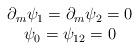
LaTeX: \begin{align*}\begin{array}{c}\partial_m\psi_1=\partial_m\psi_2=0\\\psi_0=\psi_{12}=0\end{array}\end{align*}